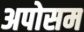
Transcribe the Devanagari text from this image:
अपोसम